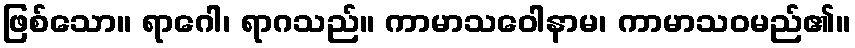
ဖြစ်သော။ ရာဂေါ၊ ရာဂသည်။ ကာမာသဝေါနာမ၊ ကာမာသဝမည်၏။